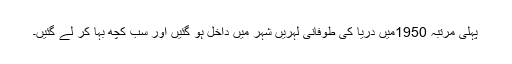
پہلی مرتبہ 1950میں دریا کی طوفانی لہریں شہر میں داخل ہو گئیں اور سب کچھ بہا کر لے گئیں۔